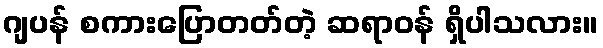
ဂျပန် စကားပြောတတ်တဲ့ ဆရာဝန် ရှိပါသလား။